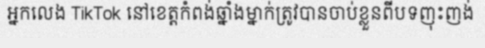
អ្នកលេង TikTok នៅខេត្តកំពង់ឆ្នាំងម្នាក់ត្រូវបានចាប់ខ្លួនពីបទញុះញង់